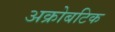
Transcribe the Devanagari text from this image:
अक्रोबटिक